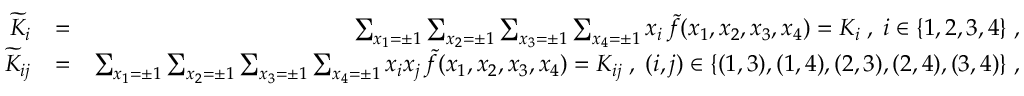
\begin{array} { r l r } { { \widetilde K } _ { i } } & { = } & { \sum _ { x _ { 1 } = \pm 1 } \sum _ { x _ { 2 } = \pm 1 } \sum _ { x _ { 3 } = \pm 1 } \sum _ { x _ { 4 } = \pm 1 } x _ { i } \, { \widetilde f } ( x _ { 1 } , x _ { 2 } , x _ { 3 } , x _ { 4 } ) = K _ { i } \; , \; i \in \{ 1 , 2 , 3 , 4 \} \; , } \\ { { \widetilde K } _ { i j } } & { = } & { \sum _ { x _ { 1 } = \pm 1 } \sum _ { x _ { 2 } = \pm 1 } \sum _ { x _ { 3 } = \pm 1 } \sum _ { x _ { 4 } = \pm 1 } x _ { i } x _ { j } \, { \widetilde f } ( x _ { 1 } , x _ { 2 } , x _ { 3 } , x _ { 4 } ) = K _ { i j } \; , \; ( i , j ) \in \{ ( 1 , 3 ) , ( 1 , 4 ) , ( 2 , 3 ) , ( 2 , 4 ) , ( 3 , 4 ) \} \; , } \end{array}